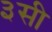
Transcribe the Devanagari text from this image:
३सी